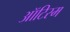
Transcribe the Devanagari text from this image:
ऑटिस्म